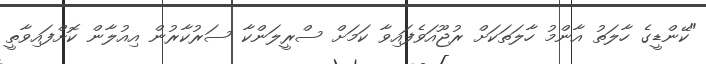
"ކޭންޑީގެ ހާލަތު އާންމު ހާލަތަކަށް ރުޖޫއަވެފައިވާ ކަމަށް ސްރީލަންކާ ސަރުކާރުން އިއުލާން ކޮށްފައިވާތީ